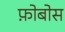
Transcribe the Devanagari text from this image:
फ़ोबोस